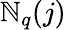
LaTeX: \mathbb{N}_{q}(j)